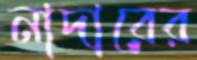
নাদারের